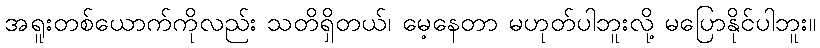
အရူးတစ်ယောက်ကိုလည်း သတိရှိတယ်၊ မေ့နေတာ မဟုတ်ပါဘူးလို့ မပြောနိုင်ပါဘူး။